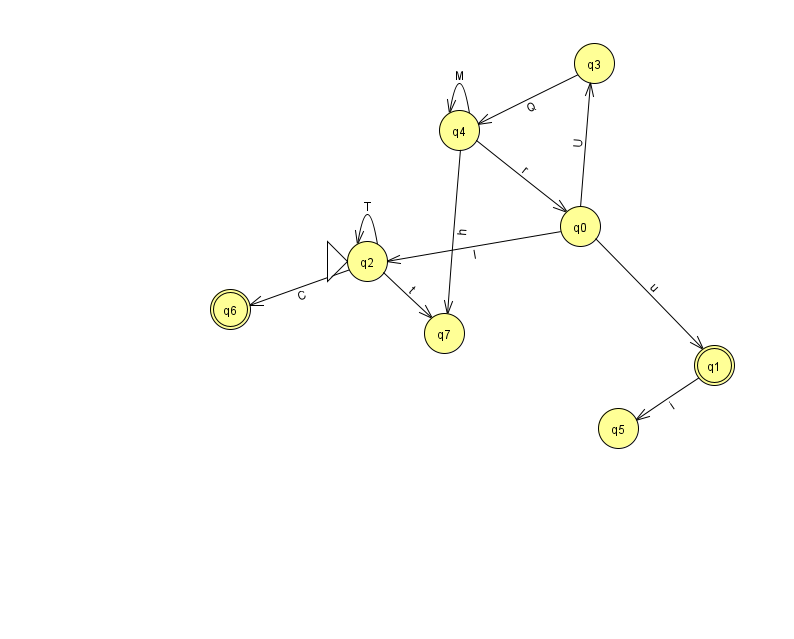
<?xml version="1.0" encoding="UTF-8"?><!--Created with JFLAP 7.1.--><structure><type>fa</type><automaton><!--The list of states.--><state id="0" name="q0"><x>580.0</x><y>213.0</y></state><state id="1" name="q1"><x>714.0</x><y>352.0</y><final/></state><state id="2" name="q2"><x>367.0</x><y>248.0</y><initial/></state><state id="3" name="q3"><x>594.0</x><y>50.0</y></state><state id="4" name="q4"><x>459.0</x><y>117.0</y></state><state id="5" name="q5"><x>618.0</x><y>415.0</y></state><state id="6" name="q6"><x>230.0</x><y>296.0</y><final/></state><state id="7" name="q7"><x>444.0</x><y>320.0</y></state><!--The list of transitions.--><transition><from>2</from><to>2</to><read>T</read></transition><transition><from>0</from><to>3</to><read>U</read></transition><transition><from>3</from><to>4</to><read>Q</read></transition><transition><from>0</from><to>2</to><read>I</read></transition><transition><from>4</from><to>0</to><read>r</read></transition><transition><from>1</from><to>5</to><read>i</read></transition><transition><from>2</from><to>7</to><read>t</read></transition><transition><from>0</from><to>1</to><read>u</read></transition><transition><from>2</from><to>6</to><read>C</read></transition><transition><from>4</from><to>4</to><read>M</read></transition><transition><from>4</from><to>7</to><read>h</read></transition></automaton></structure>